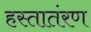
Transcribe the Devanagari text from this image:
हस्तातंरण